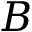
B